system: You are a helpful assistant.
user:
Analyze the provided spectrum to determine if it is a **S-type Star**.

- **Key Indicators for S-type Star:**

    - **(Overall Spectrum Shape):** The first and most obvious characteristic is the overall continuum (the "baseline" shape). It is **extremely "red-sloping,"** meaning the flux (light intensity) is very low on the left side (blue, ~4000-4500 Å) and rises steeply and continuously toward the right side (red, ~7000 Å+).

    - **(Primary):** The spectrum is defined by the presence of strong, broad molecular absorption "valleys" (bands) from **Zirconium Oxide (ZrO)**. The identification of these bands is the **primary requirement** for classifying a star as S-type.
        - **(Key Bandheads):** You must find distinct, deep "dips" where the light has been absorbed. The most critical band systems to locate are:
            - **~6474 Å** ($\gamma$-system): This is often the strongest and clearest ZrO feature, found in the red part of the spectrum.
            - **~5718 Å** & **~5551 Å** ($\beta$-system): A pair of prominent absorption features in the yellow-orange part of the spectrum.
            - **~4640 Å** ($\alpha$-system): A key absorption band system in the blue-green region of the spectrum.

    - **(Secondary Confirmation):** The classification is strengthened by finding additional absorption bands from other related heavy element oxides, which are expected to be present alongside ZrO.
        - **(Key Bandheads):**
            - **Yttrium Oxide (YO):** Look for absorption dips near **~4800 Å** and **~6100 Å**.
            - **Lanthanum Oxide (LaO):** Additional absorption features, particularly in the red-orange part of the spectrum, are also characteristic.

    - **(Line Profile):** The combination of the steep red continuum and these numerous, deep molecular bands (ZrO, YO, etc.) gives the entire spectrum a very **"chopped-up"** or **"bumpy"** appearance. Instead of a smooth curve, the spectrum looks as though large, wide chunks of light have been "carved out" of it at the specific wavelengths listed above.

Think first, call **spectral_visualization_tool** if needed to examine features in detail, then provide your final answer. Your response must adhere to the following strict rules:
1.  **Overall Structure:** Your response must follow the format `<think>...</think> <tool_call>...</tool_call> (if a tool is used) <answer>...</answer>`.
2.  **Tool Usage Constraint:** You may only make **one** tool call per turn.
3.  **Final Answer Format:** In the `<answer>` tag, your conclusion must be inside a `\boxed{}` command (e.g., `\boxed{YES}` or `\boxed{NO}`), followed by your justification.

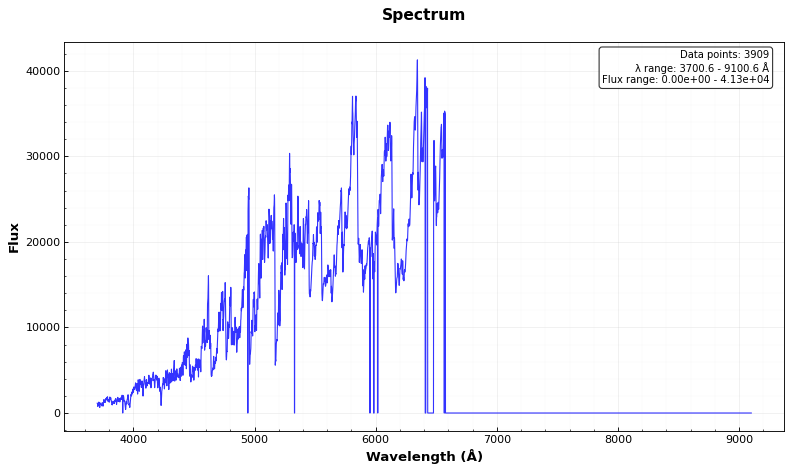
Answer: YES